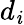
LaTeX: d_{\mathit{i}}